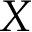
X